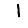
Digit: 1